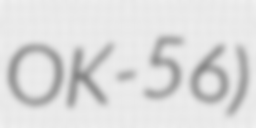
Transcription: OK-56)